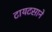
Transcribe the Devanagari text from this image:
टायटसाने